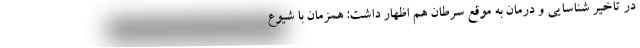
در تاخیر شناسایی و درمان به موقع سرطان هم اظهار داشت: همزمان با شیوع